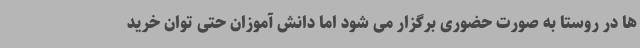
ها در روستا به صورت حضوری برگزار می شود اما دانش آموزان حتی توان خرید